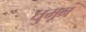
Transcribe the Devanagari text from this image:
घुमून